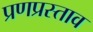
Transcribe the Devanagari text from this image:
प्रणप्रस्ताव